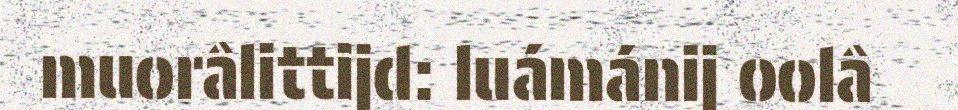
muorâlittijd: luámánij oolâ